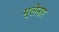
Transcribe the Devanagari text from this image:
मूलेनार